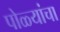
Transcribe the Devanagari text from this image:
पोळ्यांचा